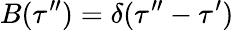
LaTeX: B(\tau^{\prime\prime})=\delta(\tau^{\prime\prime}-\tau^{\prime})